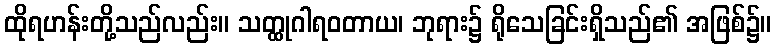
ထိုရဟန်းတို့သည်လည်း။ သတ္ထုဂါရဝတာယ၊ ဘုရား၌ ရိုသေခြင်းရှိသည်၏ အဖြစ်၌။